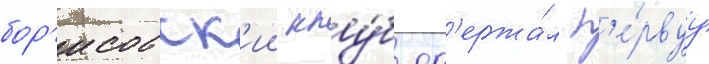
бор'исовск'ии клу́б од'ержа́л п'е́рвуу